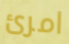
امرئ